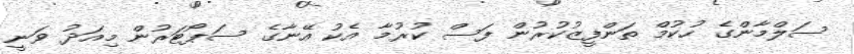
ސަލްމާންގެ ހުކުމް ތަންފީޒުކުރުން ފަސް ކުރުމާ އެކު އޭނާގެ ސަޕޯޓަރުން މިއަދު ވަނީ